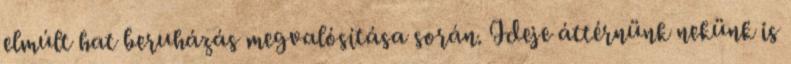
elmúlt hat beruházás megvalósítása során. Ideje áttérnünk nekünk is